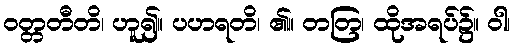
ဝတ္တတီတိ၊ ဟူ၍။ ပဟရတိ၊ ၏။ တတြ၊ ထိုအရပ်၌။ ဝါ၊